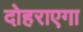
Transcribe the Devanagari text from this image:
दोहराएगा